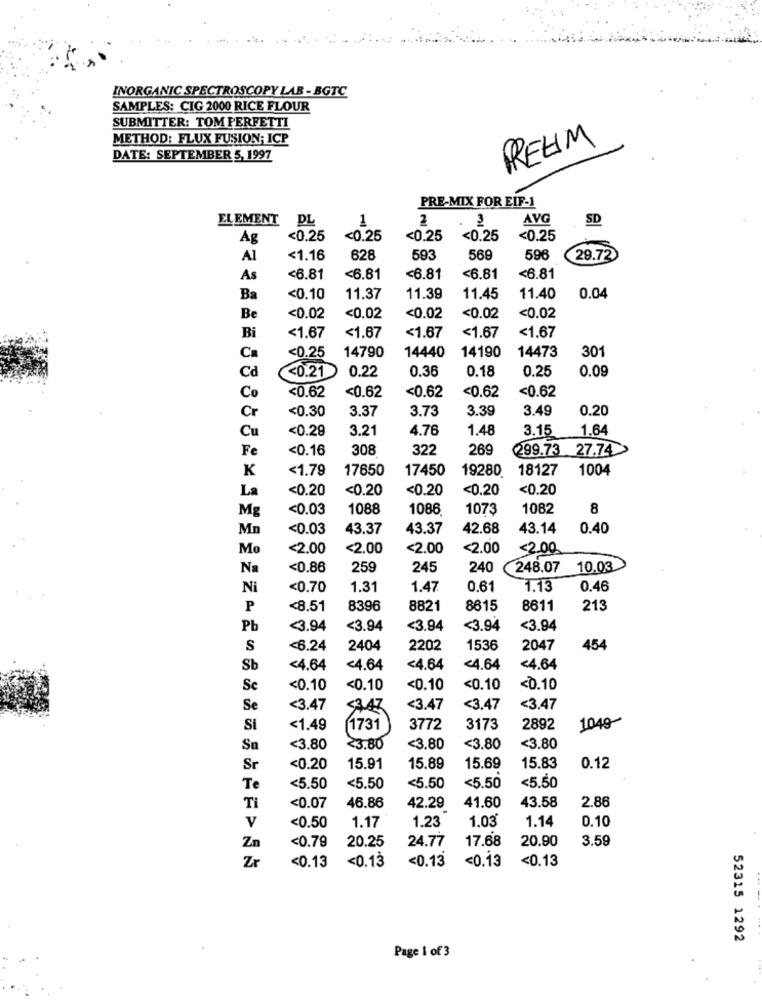
INORGANIC SPECTROSCOPY LAB - BGTC
SAMPLES: CIG 2000 RICE FLOUR
SUBMITTER: TOM PERFETTI
METHOD: FLUX FUSION; ICP
REHM
DATE: SEPTEMBER 5, 1997
PRE-MIX FOR EIF-1
ELEMENT
DL
1
2
3
AVG
SD
Ag
<0.25
<0.25
<0.25
<0.25
<0.25
Al
<1.16
628
593
569
596
29.72
As
<6.81
<6.81
<6.81
<6.81
<6.81
Ba
<0.10
11.37
11.39
11.45
11.40
0.04
<0.02
Be
<0.02
<0.02
<0.02
<0.02
<1.67
Bi
<1.67
<1.67
<1.67
<1.67
<0.25
14790
14190
14473
301
Ca
14440
Cd
<0.21
0.22
0.36
0.18
0.25
0.09
<0.62
<0.62
<0.62
<0.62
Co
<0.62
Cr
<0.30
3.37
3.73
3.39
3.49
0.20
Cu
<0.29
3.21
4.76
1.48
3.15
1.64
Fe
<0.16
308
322
269
299.73 27.74
K
<1.79
17650
17450
19280
18127
1004
La
<0.20
<0.20
<0.20
<0.20
<0.20
Mg
<0.03
1088
1086
1073
1082
8
Mn
<0.03
43.37
43.37
42.68
43.14
0.40
Mo
<2.00
<2.00
<2.00
<2.00
<2.00
Na
<0.86
259
245
240 248.07
10.03
Ni
<0.70
1.31
1.47
0.61
1.13
0.46
P
<8.51
8396
8821
8615
8611
213
Pb
<3.94
<3.94
<3.94
<3.94
<3.94
S
<6.24
2404
2202
1536
2047
454
Sb
<4.64
<4.64
<4.64
<4.64
<4.64
Se
<0.10
<0.10
<0.10
<0.10
<0.10
Se
<3.47
<3.47
<3.47
<3.47
1049
Si
<1.49
1731
3772
3173
2892
Sn
<3.80
<3.80
<3.80
<3.80
<3.80
Sr
<0.20
15.91
15.89
15.69
15.83
0.12
Te
<5.50
<5.50
<5.50
<5.50
<5.50
43.58
2.86
TI
<0.07
46.86
42.29
41.60
1.23
1.03
1.14
0.10
v
<0.50
1.17
<0.79
20.25
24.77
17.68
20.90
3.59
Zn
Zr
<0.13
<0.13
<0.13
<0.13
<0.13
52315 1292
Page 1 of 3